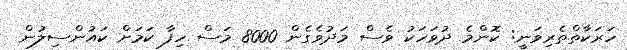
ހަރަކާތްތެރިވަނީ: ކޮންމެ ދުވަހަކު ވެސް މަދުވެގެން 8000 މަސް ހިފާ ކަމަށް ކައުންސިލުން